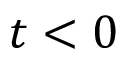
t < 0